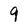
Character: 9